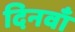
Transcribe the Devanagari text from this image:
दिनवाँ